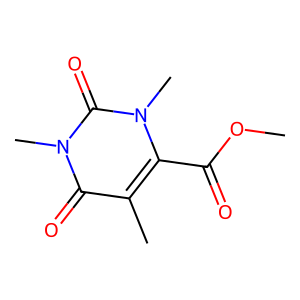
SMILES: COC(=O)c1c(C)c(=O)n(C)c(=O)n1C
Inhibits HIV replication: No